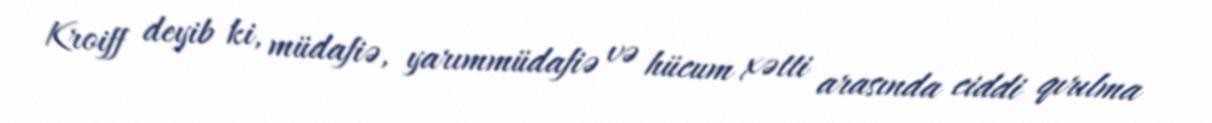
Kroiff deyib ki, müdafiə, yarımmüdafiə və hücum xətti arasında ciddi qırılma